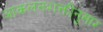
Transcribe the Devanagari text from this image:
आकलनशक्तीनुसार